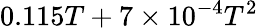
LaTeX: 0.115T+7\times 10^{-4}T^{2}